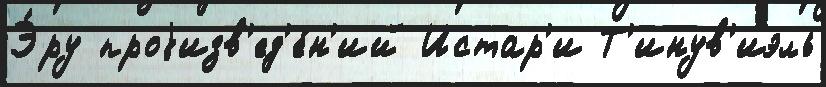
Э́ру проjизв'ед'е́н'ий Истар'и Т'инув'иэль